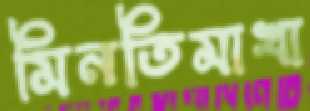
মিনতিমাখা